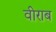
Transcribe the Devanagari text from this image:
वीराब